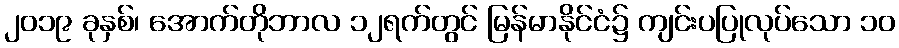
၂၀၁၉ ခုနှစ်၊ အောက်တိုဘာလ ၁၂ရက်တွင် မြန်မာနိုင်ငံ၌ ကျင်းပပြုလုပ်သော ၁၀